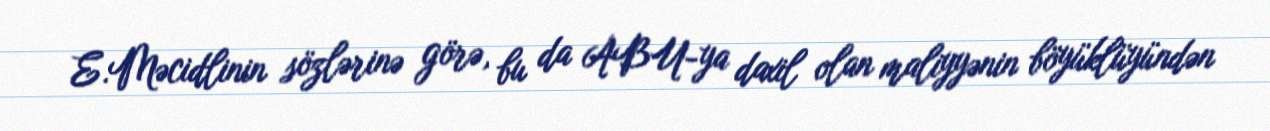
E.Məcidlinin sözlərinə görə, bu da ABU-ya daxil olan maliyyənin böyüklüyündən